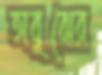
অবুঝের